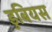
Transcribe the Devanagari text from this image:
डुबियस